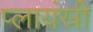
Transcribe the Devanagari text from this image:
प्लायंस्री